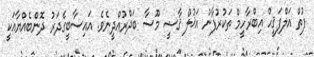
ފުތް އަލްފަޤީހް އިބްރާހީމް ތަކުރުފާނު އަޚުލް ޤާޟީ މޫސާ ބަދްރުއްދީނެވެ. އައިސާބީގެދަރު ދޮންބެއްޔާއަކީ